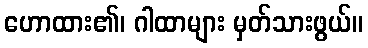
ဟောထား၏၊ ဂါထာများ မှတ်သားဖွယ်။